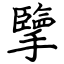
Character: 擥